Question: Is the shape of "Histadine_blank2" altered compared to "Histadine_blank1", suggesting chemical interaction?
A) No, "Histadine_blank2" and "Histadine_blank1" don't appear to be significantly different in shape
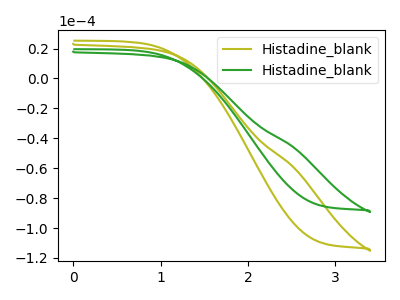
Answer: <think>The olive curve "Histadine_blank1" has no peaks. The green curve "Histadine_blank2" has no peaks.
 Neither "Histadine_blank2" or "Histadine_blank1" have any peaks.</think>
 <answer>A) No, "Histadine_blank2" and "Histadine_blank1" don't appear to be significantly different in shape</answer>
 <eval>A</eval>